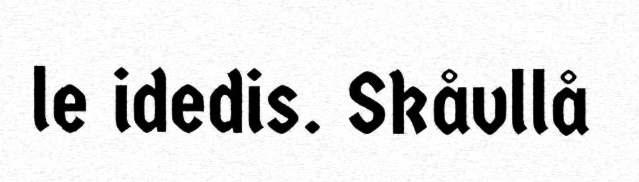
le idedis. Skåvllå